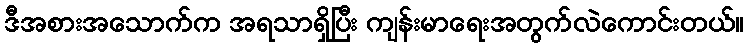
ဒီအစားအသောက်က အရသာရှိပြီး ကျန်းမာရေးအတွက်လဲကောင်းတယ်။